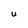
Character: U